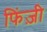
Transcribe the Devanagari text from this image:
फिंज़ी